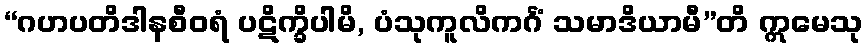
“ဂဟပတိဒါနစီဝရံ ပဋိက္ခိပါမိ, ပံသုကူလိကင်္ဂံ သမာဒိယာမီ”တိ ဣမေသု